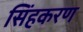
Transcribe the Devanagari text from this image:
सिंहकरण